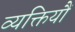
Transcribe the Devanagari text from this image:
व्यक्तियौं